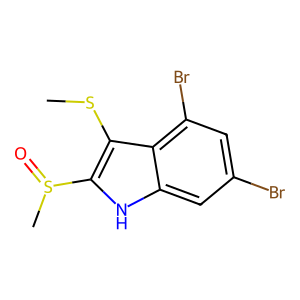
SMILES: CSc1c(S(C)=O)[nH]c2cc(Br)cc(Br)c12
Inhibits HIV replication: No